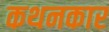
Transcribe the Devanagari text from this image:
कथनकार